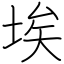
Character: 埃